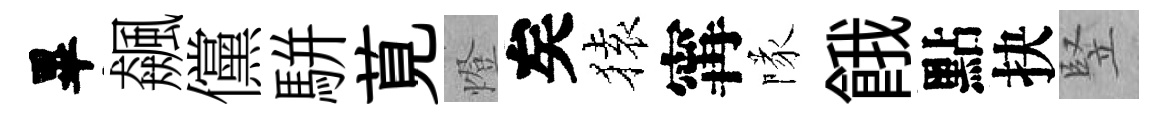
畢飆儻駢莧燈矣𫞤𡩋隊餓點抉竪